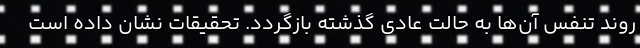
روند تنفس آن‌ها به حالت عادی گذشته بازگردد. تحقیقات نشان داده است